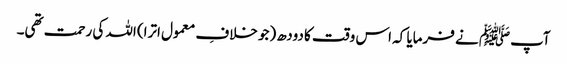
آپﷺ نے فرمایا کہ اس وقت کا دودھ (جو خلافِ معمول اترا) اللہ کی رحمت تھی۔